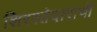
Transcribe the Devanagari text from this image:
शिरस्तेदाराची